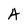
Character: A